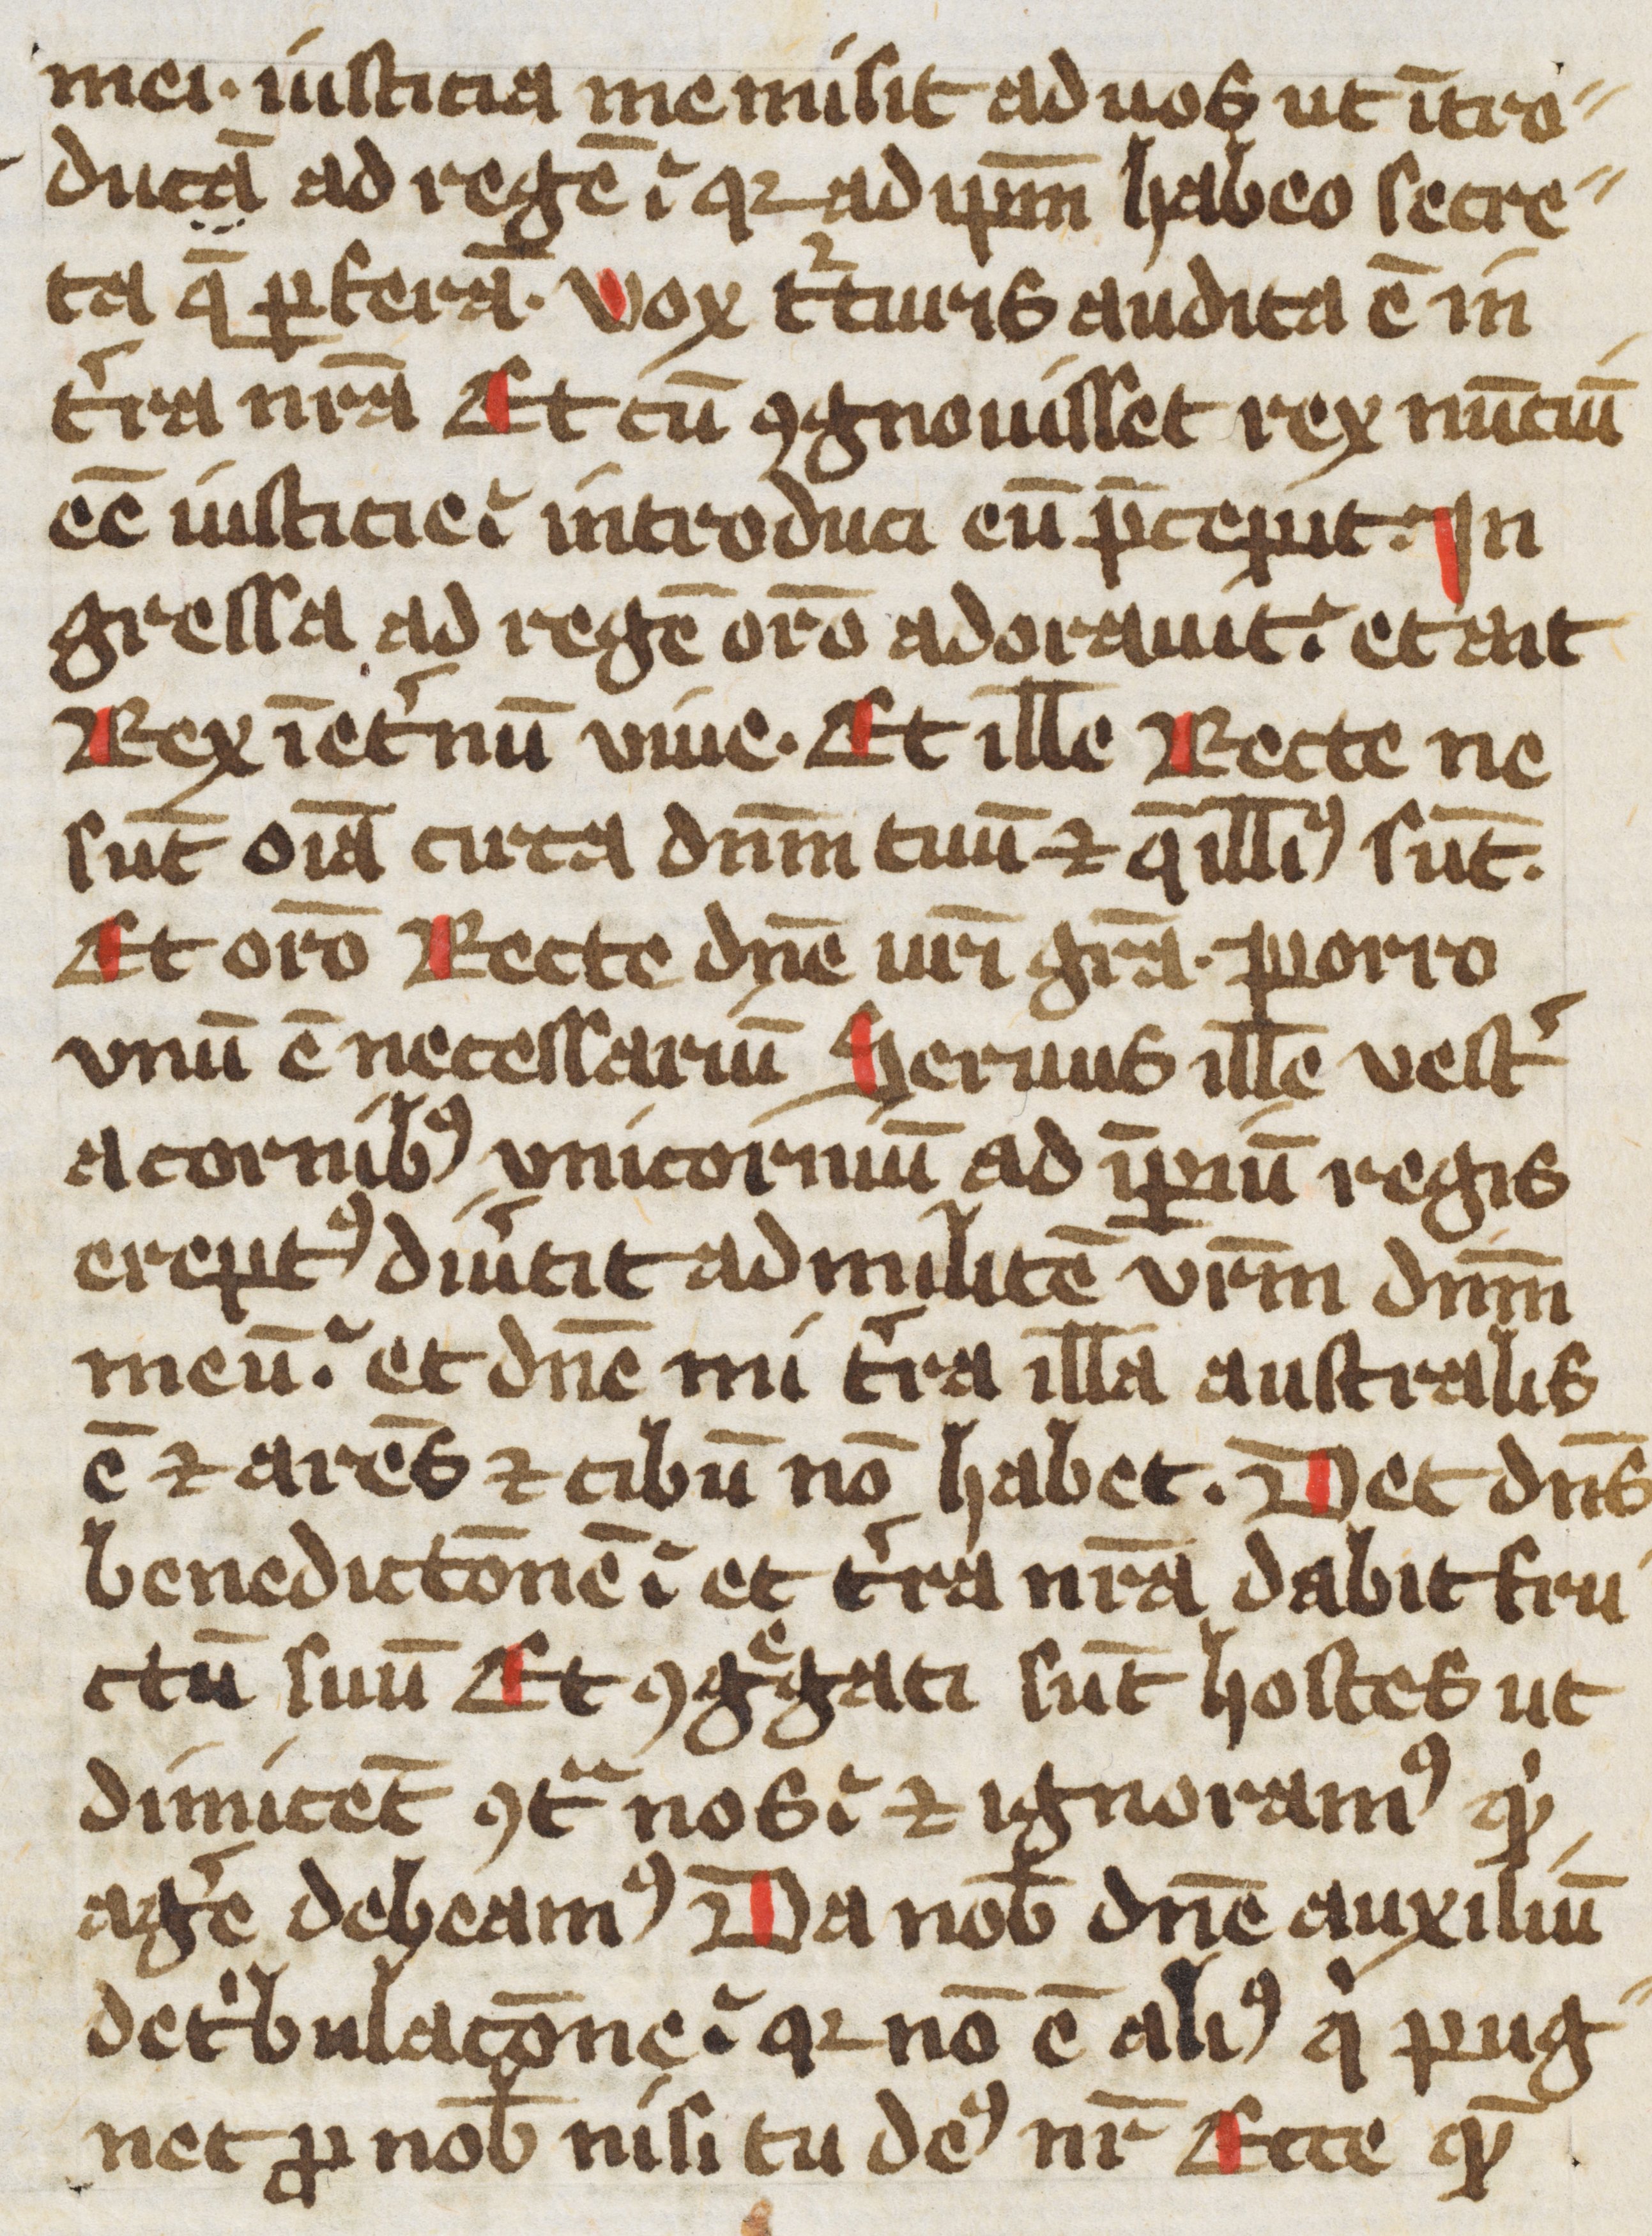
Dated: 1400–1499